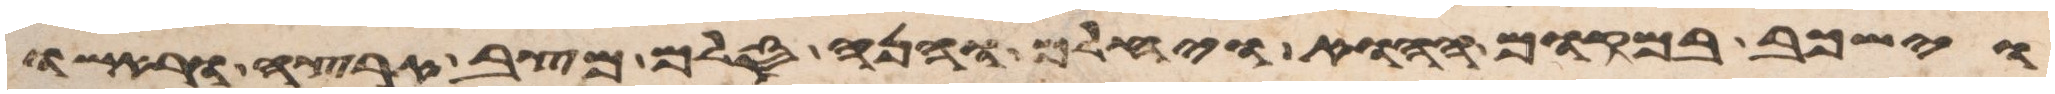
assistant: וישכב במקום ההוא ויחלם והנה סלם מצב ארצה וראשו